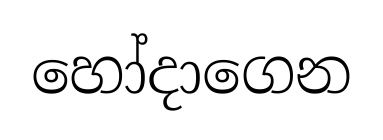
හෝදාගෙන